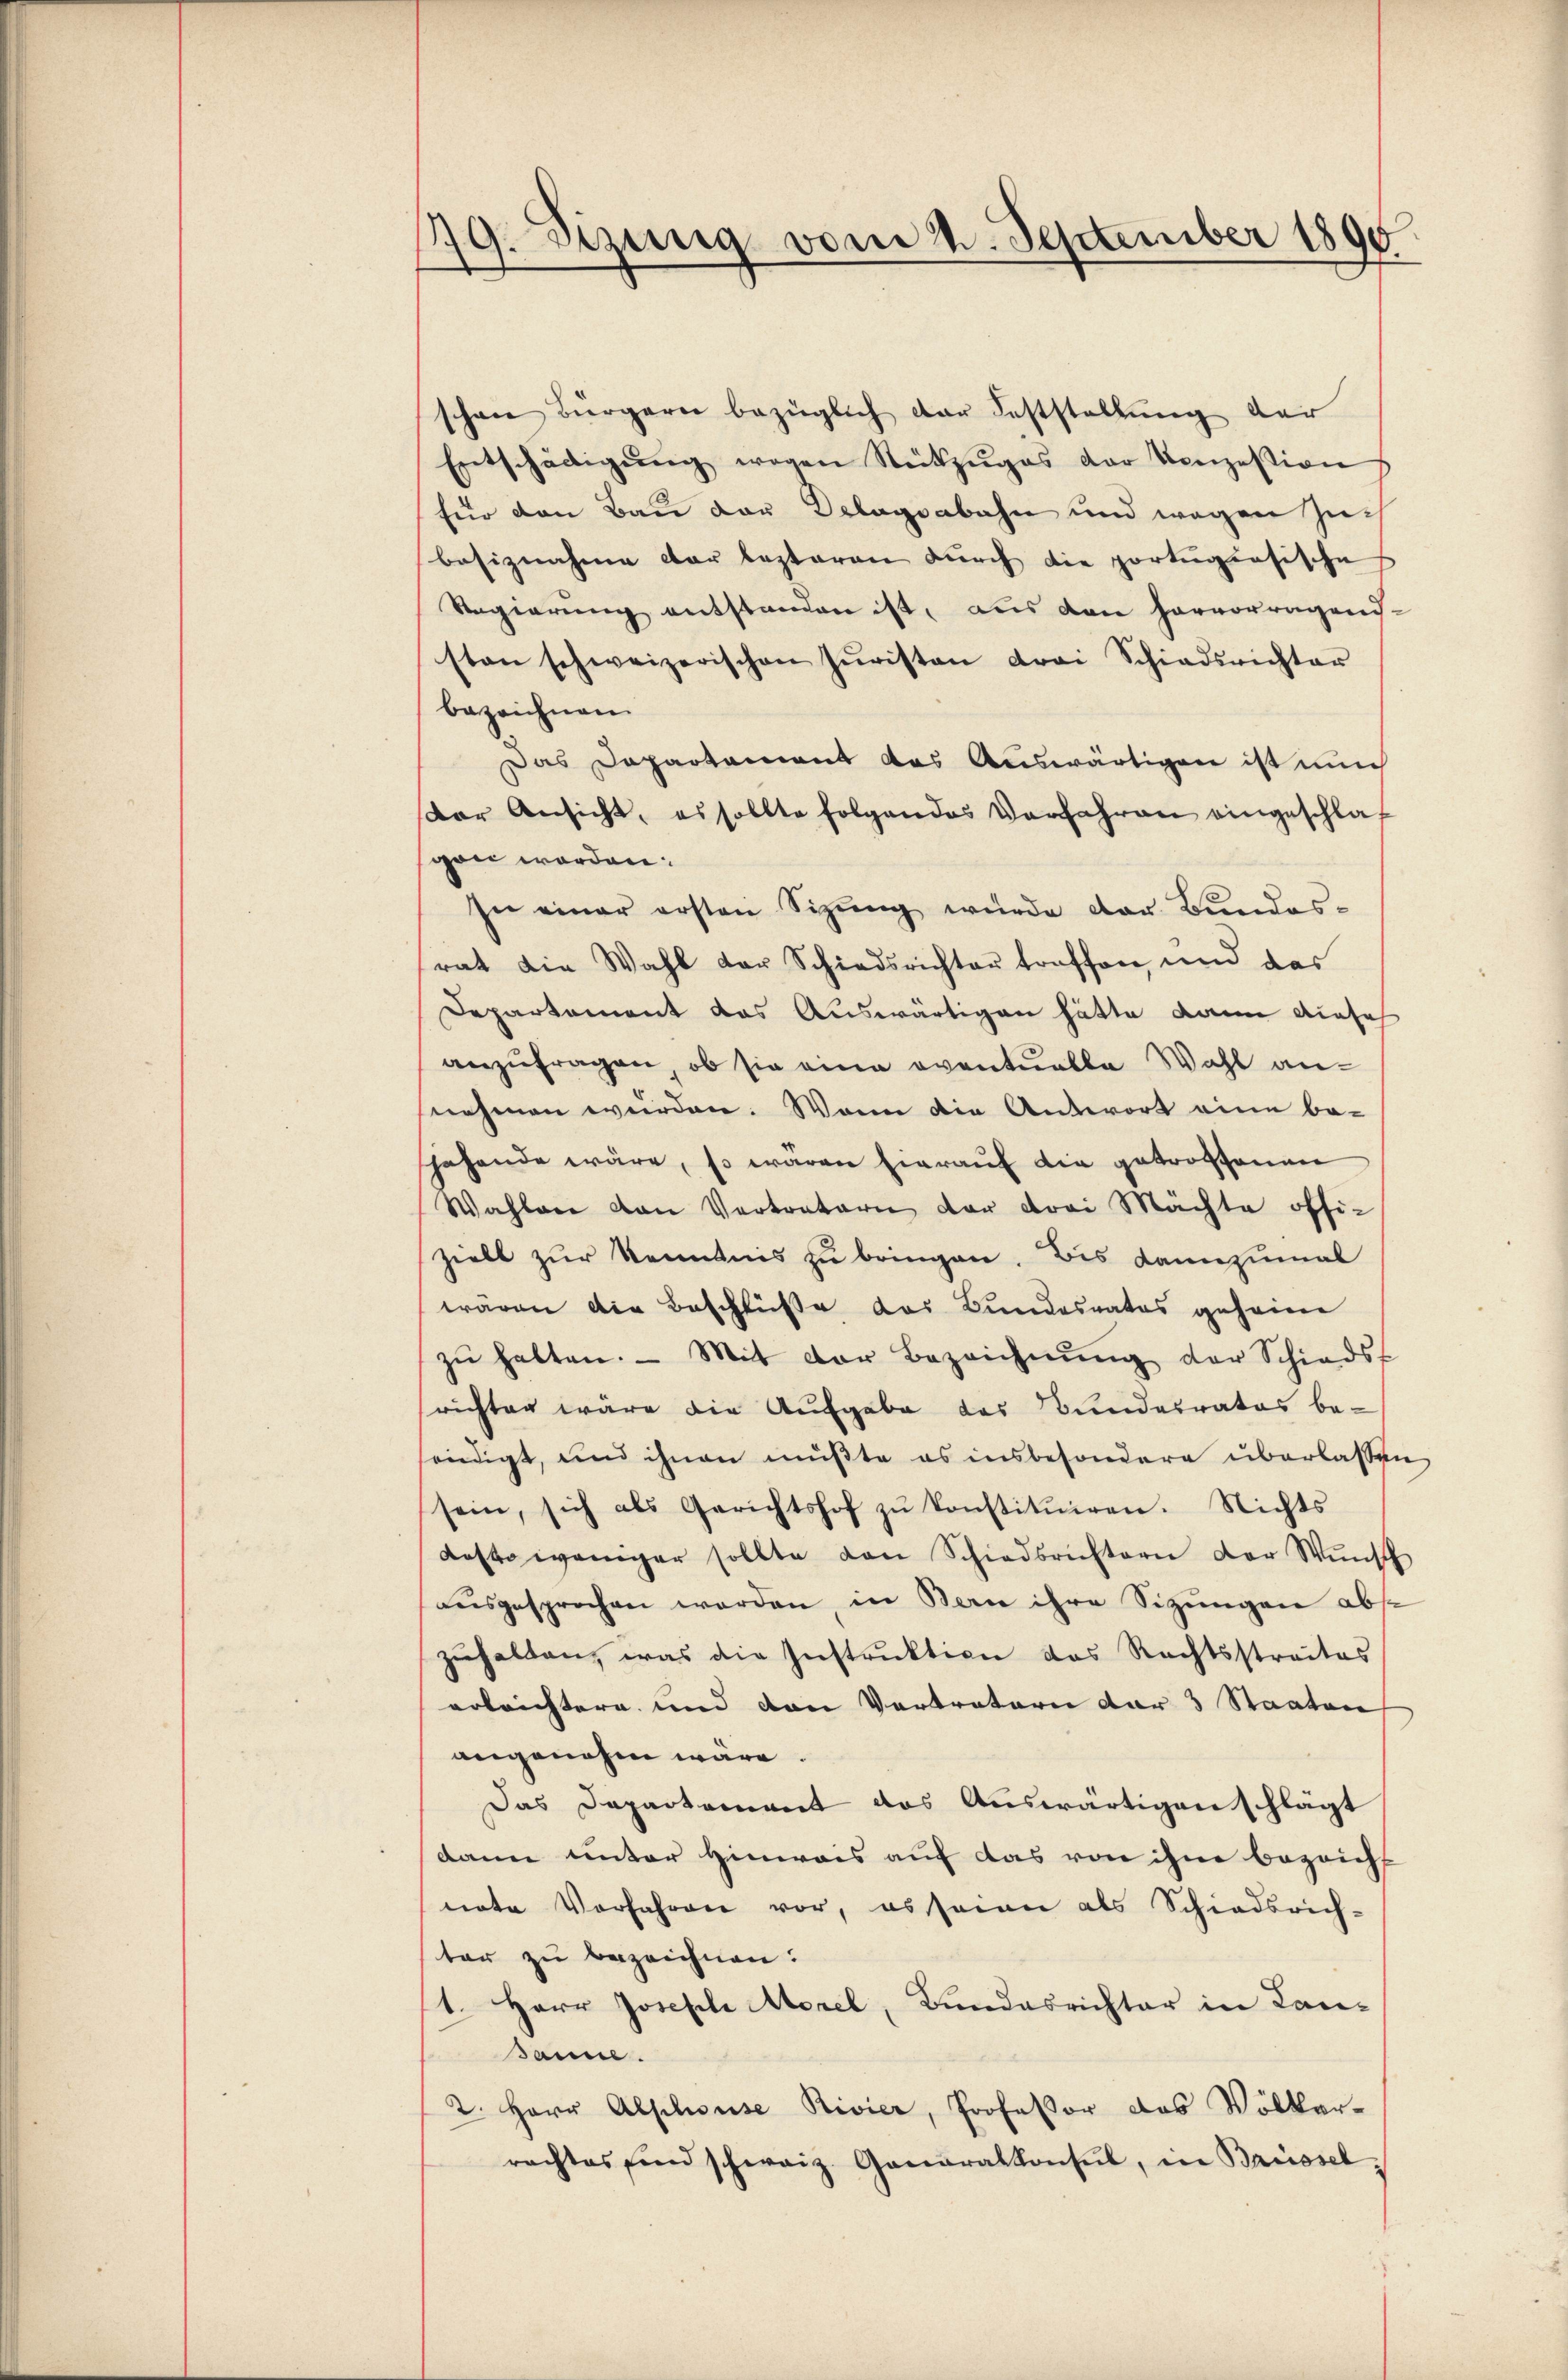
19. Sizung vom 2. September 1890
.

schon Bürgern bezüglich der Feststellŭng der
Entschädigŭng wegen Rückzŭges der Konzession
für den Bau der Belagsabahn und wegen Zuch
besiznahme der lezteren durch die portugisische
Regierŭng entstanden ist, aus den hervorragens-
sten schweizerischen Juristen drei Schiedsrichter
bezeichnen.
Das Departement das Auswärtigen ist nich
dar Ansicht, es sollte folgendes Verfahren eingeschlaf
gen worden.
In einer ersten Sizŭng würde der Bŭndes-
rat die Wahl der Schiedsrichter treffen, und das
Departement das Auswärtigen hätte dann diesel
anzufragen, ob sie eine eventuelle Wahl annehmen wurden. Wenn die Antwort eine be-
sahende wäre, so wären hierauf die getroffenen
Wahlare von Vertratori der drei Mächte offi-
zielt zŭr Kenntnis zu bringen. Bis dannzumal
wären die Beschlüße das Bundesrates geheine
zŭ halten. - Mit der Bezeichnŭng der Schieds-
richten wäre die Aufgabe das Bundesrates be-
riedigt, und ihnen müßte es insbesondere überlassen
sein, sich als Gerichtshof zŭ konstitŭiren. Nichts
desto weniger sollte von Schiedsrichtern der Wŭnsch
ausgesprochen werden, in Bern ihre Sitzungen abse
zuhalten, was die Instruktion das Rechtsstraites
erleichtere und den Vertretern der 3 Staaten
angenehm wäre.
Das Departement das Auswärtigen schlägt
dann unter Hinweis auf das von ihn bezeichs
note Vorfahren vor, es seine als Schiedsrich-
ter zu bezeichnen.
1. Herr Joseph Morel, Bundesrichter in Lan-
Panne.
2. Herr Alphouse Rivier, Professor das Völker-
rachtes sind schweiz. Generalkonsul, in Brüssel,